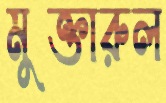
মুক্তারুল